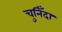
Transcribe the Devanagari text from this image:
चुनिँदा